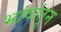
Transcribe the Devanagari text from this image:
भांषांतून